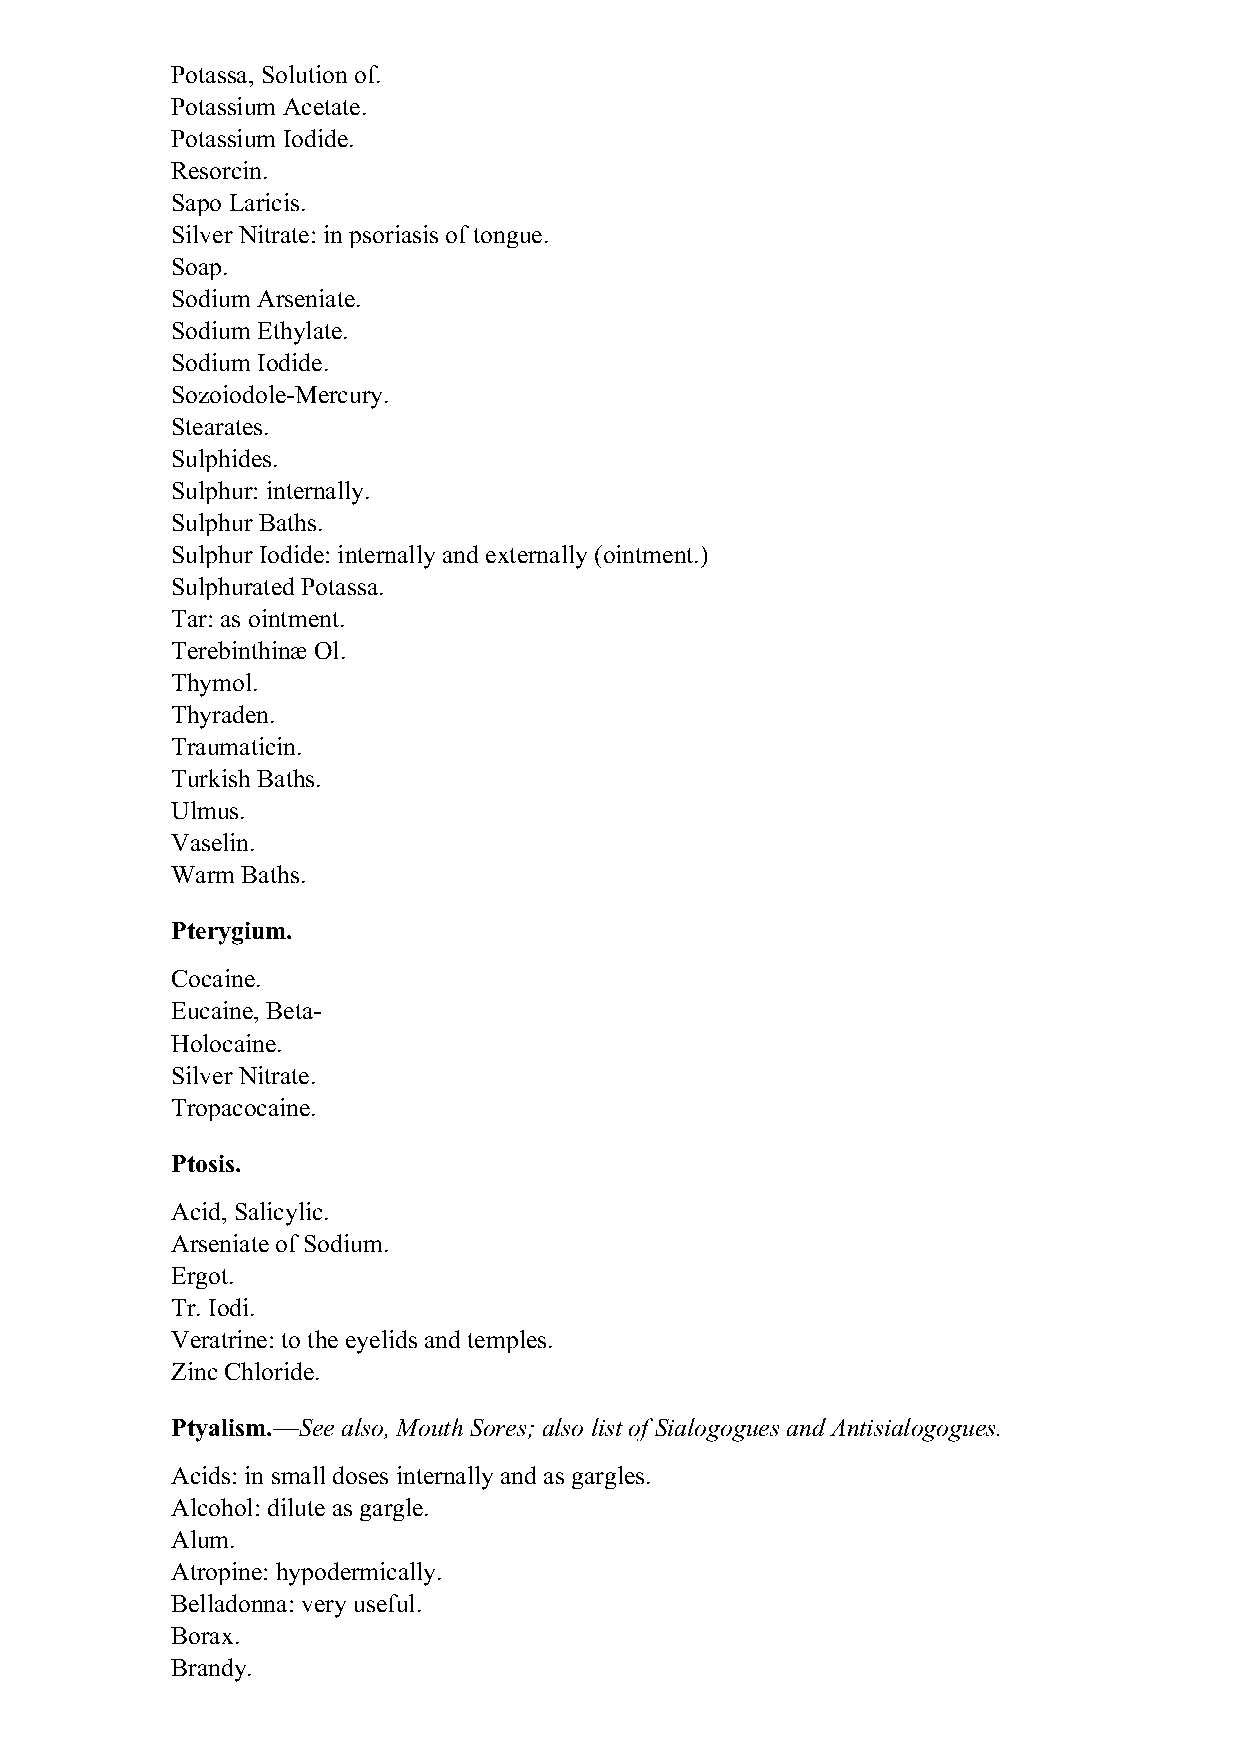
Potassa, Solution of.
 Potassium Acetate.
 Potassium Iodide.
 Resorcin.
 Sapo Laricis.
 Silver Nitrate: in psoriasis of tongue.
 Soap.
 Sodium Arseniate.
 Sodium Ethylate.
 Sodium Iodide.
 Sozoiodole-Mercury.
 Stearates.
 Sulphides.
 Sulphur: internally.
 Sulphur Baths.
 Sulphur Iodide: internally and externally (ointment.)
 Sulphurated Potassa.
 Tar: as ointment.
 Terebinthinæ Ol.
 Thymol.
 Thyraden.
 Traumaticin.
 Turkish Baths.
 Ulmus.
 Vaselin.
 Warm Baths.
 Pterygium.
 Cocaine.
 Eucaine, Beta-
 Holocaine.
 Silver Nitrate.
 Tropacocaine.
 Ptosis.
 Acid, Salicylic.
 Arseniate of Sodium.
 Ergot.
 Tr. Iodi.
 Veratrine: to the eyelids and temples.
 Zinc Chloride.
 Ptyalism.—See also, Mouth Sores; also list of Sialogogues and Antisialogogues.
 Acids: in small doses internally and as gargles.
 Alcohol: dilute as gargle.
 Alum.
 Atropine: hypodermically.
 Belladonna: very useful.
 Borax.
 Brandy.